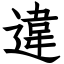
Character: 違